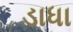
ડાધા